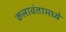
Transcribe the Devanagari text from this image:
कलावंतामध्ये